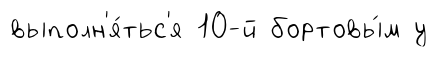
выполн'я́тьс'я 10-й бортовы́м у